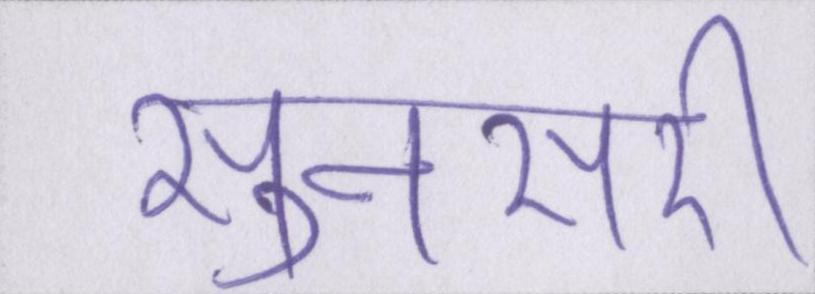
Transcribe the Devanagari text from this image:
सुनसरी